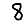
Digit: 8